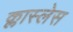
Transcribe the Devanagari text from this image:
क्लास्लेस